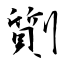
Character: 劕